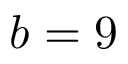
b = 9